Indian journal of veterinary science and animal husbandry - Volumes 22-23, 1952-1953
Year: 1952
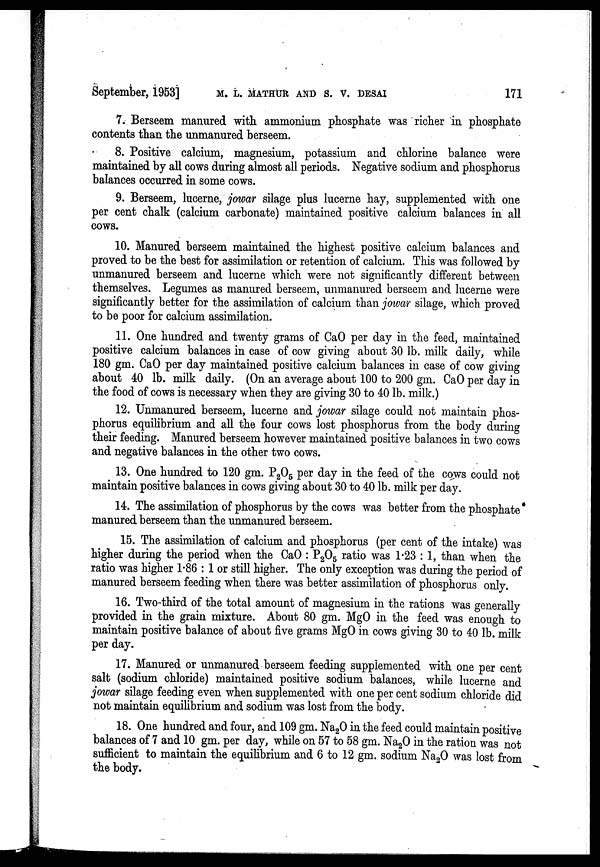
September, 1953] M.A. MATHUR AND S. V.
DESAI
171
7. Berseem manured with ammonium phosphate was richer in phosphate
contents than the unmanured berseem.
8. Positive calcium, magnesium, potassium and chlorine balance were
maintained by all cows during almost all periods. Negative sodium and phosphorus
balances occurred in some cows.
9. Berseem, lucerne, jowar silage plus lucerne hay, supplemented with one
per cent chalk (calcium carbonate) maintained positive calcium balances in all
cows.
10. Manured berseem maintained the highest positive calcium balances and
proved to be the best for assimilation or retention of calcium. This was followed by
unmanured berseem and lucerne which were not significantly different between
themselves. Legumes as manured berseem, unmanured berseem and lucerne were
significantly better for the assimilation of calcium than jowar silage, which proved
to be poor for calcium assimilation.
11. One hundred and twenty grams of CaO per day in the feed, maintained
positive calcium balances in case of cow giving about 30 lb. milk daily, while
180 gm. CaO per day maintained positive calcium balances in case of cow giving
about 40 lb. milk daily. (On an average about 100 to 200 gm. CaO per day in
the food of cows is necessary when they are giving 30 to 40 lb. milk.)
12. Unmanured berseem, lucerne and jowar silage could not maintain phos-
phorus equilibrium and all the four cows lost phosphorus from the body during
their feeding. Manured berseem however maintained positive balances in two cows
and negative balances in the other two cows.
13. One hundred to 120 gm. P 2 O 5 per day in the feed of the cows could not
maintain positive balances in cows giving about 30 to 40 lb. milk per day.
14. The assimilation of phosphorus by the cows was better from the phosphate
manured berseem than the unmanured berseem.
15. The assimilation of calcium and phosphorus (per cent of the intake) was
higher during the period when the CaO : P 2 O 5 ratio was 1.23 : 1, than when the
ratio was higher 1.86 : 1 or still higher. The only exception was during the period of
manured berseem feeding when there was better assimilation of phosphorus only.
16. Two-third of the total amount of magnesium in the rations was generally
provided in the grain mixture. About 80 gm. MgO in the feed was enough to
maintain positive balance of about five grams MgO in cows giving 30 to 40 lb. milk
per day.
17. Manured or unmanured berseem feeding supplemented with one per cent
salt (sodium chloride) maintained positive sodium balances, while lucerne and
jowar silage feeding even when supplemented with one per cent sodium chloride did
not maintain equilibrium and sodium was lost from the body.
18. One hundred and four, and 109 gm. Na 2 O in the feed could maintain positive
balances of 7 and 10 gm. per day, while on 57 to 58 gm. Na 2 O in the ration was not
sufficient to maintain the equilibrium and 6 to 12 gm. sodium Na 2 O was lost from
the body.